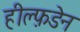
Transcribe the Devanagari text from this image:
हील्फ़डेन